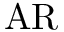
\ { \mathrm { A R } }